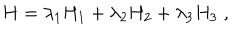
LaTeX: H = \lambda _ { 1 } H _ { 1 } + \lambda _ { 2 } H _ { 2 } + \lambda _ { 3 } H _ { 3 } \; ,